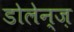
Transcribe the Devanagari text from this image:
डोलेन्ज़